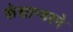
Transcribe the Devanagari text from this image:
कॅसान्डरने